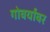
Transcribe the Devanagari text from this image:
गोवर्यांवर